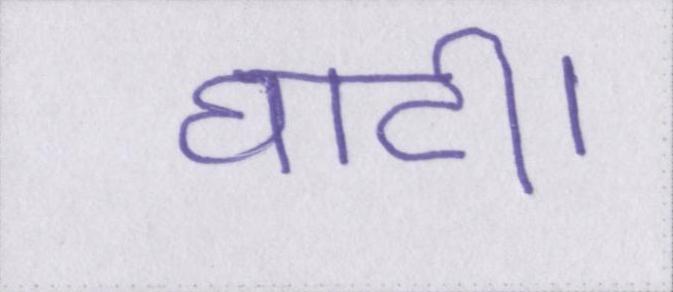
घाटी।